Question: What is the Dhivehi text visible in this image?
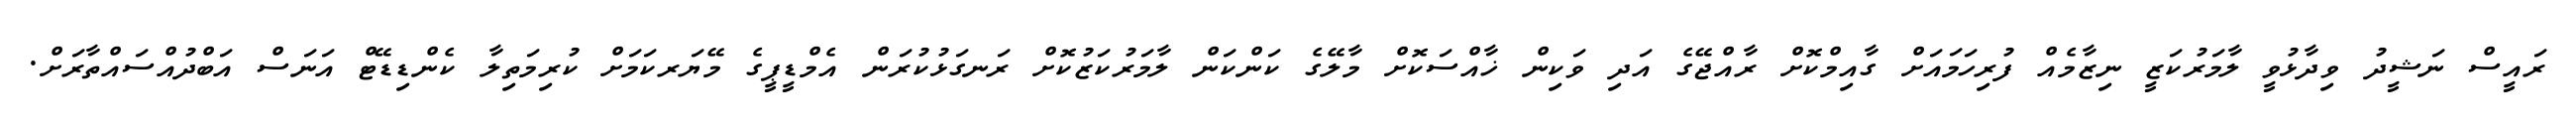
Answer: ރައީސް ނަޝީދު ވިދާޅުވީ ލާމަރުކަޒީ ނިޒާމެއް ފުރިހަމައަށް ގާއިމްކޮށް ރާއްޖޭގެ އަދި ވަކިން ޚާއްސަކޮށް މާލޭގެ ކަންކަން ލާމަރުކަޒުކޮށް ރަނގަޅުކުރަން އެމްޑީޕީގެ މޭޔަރކަމަށް ކުރިމަތިލާ ކެންޑިޑޭޓް އަނަސް އަބްދުއްސައްތާރަށް.